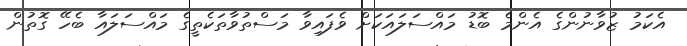
އެކަމު ޒުވާނުންގެ އެންމެ ބޮޑު މައްސަލައަކަށް ވެފައިވާ މަސްތުވާތަކެތީގެ މައްސަލައާ ބެހޭ ގޮތުން